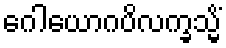
ဂေါယောဂပိလက္ခသ္မိံ